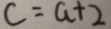
c = a + 2